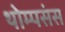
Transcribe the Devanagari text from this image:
थोम्पसंस